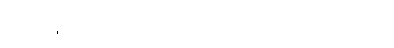
မေတ္တာဖွဲ့သာ ဖြစ်ကာ နာမည်ထင်ရှားမှုလည်း မရှိလှ ပါဘူး။